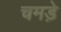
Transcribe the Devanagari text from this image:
चमडे़